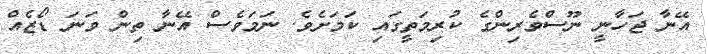
އޭނާ ޖަހާނީ ނޫސްވެރިންގެ ކުރިމަތީގައި ކަމަށެވެ. ނަމަވެސް އޭނާ ތިން ވަނަ ޑޯޒެއް